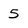
Character: 5